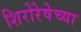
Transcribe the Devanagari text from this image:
शिरोरेषेच्या